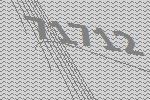
71712